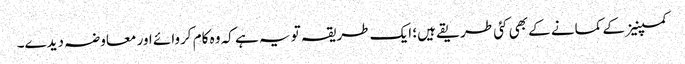
کمپنیز کے کمانے کے بھی کئی طریقے ہیں؛ ایک طریقہ تو یہ ہے کہ وہ کام کروائے اور معاوضہ دیدے۔